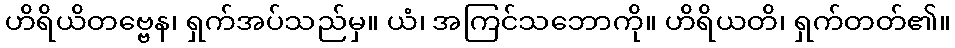
ဟိရိယိတဗ္ဗေန၊ ရှက်အပ်သည်မှ။ ယံ၊ အကြင်သဘောကို။ ဟိရိယတိ၊ ရှက်တတ်၏။